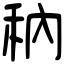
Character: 䄲